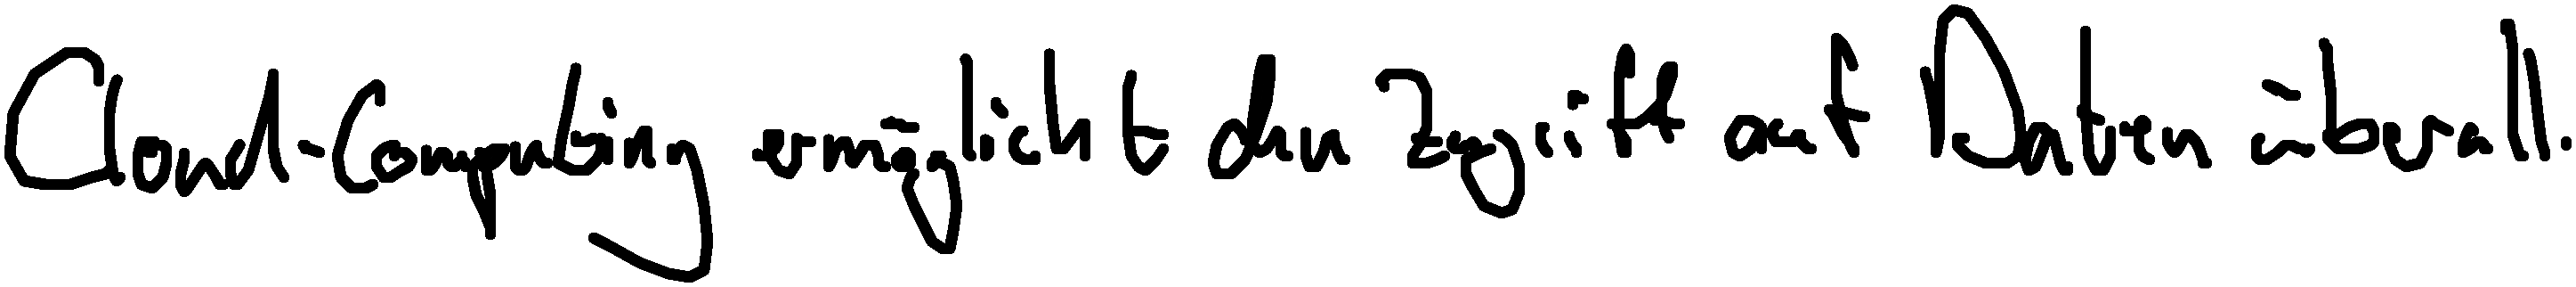
Cloud-Computing ermöglicht den Zugriff auf Daten überall.